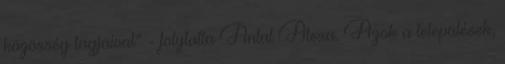
közösség tagjaival” - folytatta Antal Alexa. Azok a települések,